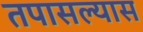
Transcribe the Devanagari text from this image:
तपासल्यास